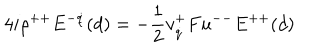
LaTeX: 4 i \rho ^ { + + } E ^ { - \dot { q } } ( d ) = - { \frac { 1 } { 2 } } v _ { \dot { q } } ^ { + } F u ^ { -- } E ^ { + + } ( d )